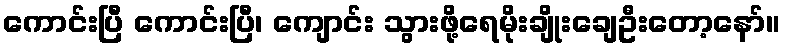
ကောင်းပြီ ကောင်းပြီ၊ ကျောင်း သွားဖို့ရေမိုးချိုးချေဦးတော့နော်။